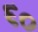
૬૦